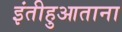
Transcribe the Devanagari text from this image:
इंतीहुआताना